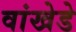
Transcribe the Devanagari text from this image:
वांखेडे